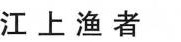
江上渔者